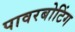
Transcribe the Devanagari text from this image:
पावरबोटिंग